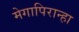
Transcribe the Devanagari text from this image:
मेगापिरान्हा